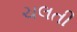
ચલતી